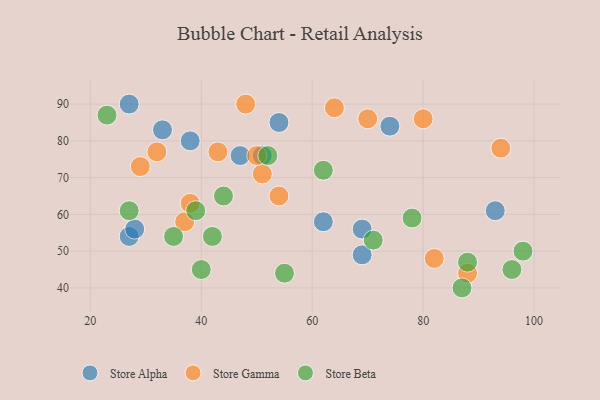
{"axis": {"x": "GDP", "y": "Life Expectancy"}, "legend": ["Store Alpha", "Store Beta", "Store Gamma"], "data": [{"x": "27", "y": 90, "type": "Store Alpha"}, {"x": "74", "y": 84, "type": "Store Alpha"}, {"x": "38", "y": 80, "type": "Store Alpha"}, {"x": "33", "y": 83, "type": "Store Alpha"}, {"x": "54", "y": 85, "type": "Store Alpha"}, {"x": "47", "y": 76, "type": "Store Alpha"}, {"x": "51", "y": 76, "type": "Store Alpha"}, {"x": "62", "y": 58, "type": "Store Alpha"}, {"x": "93", "y": 61, "type": "Store Alpha"}, {"x": "69", "y": 49, "type": "Store Alpha"}, {"x": "27", "y": 54, "type": "Store Alpha"}, {"x": "69", "y": 56, "type": "Store Alpha"}, {"x": "28", "y": 56, "type": "Store Alpha"}, {"x": "94", "y": 78, "type": "Store Gamma"}, {"x": "43", "y": 77, "type": "Store Gamma"}, {"x": "54", "y": 65, "type": "Store Gamma"}, {"x": "37", "y": 58, "type": "Store Gamma"}, {"x": "82", "y": 48, "type": "Store Gamma"}, {"x": "51", "y": 71, "type": "Store Gamma"}, {"x": "64", "y": 89, "type": "Store Gamma"}, {"x": "70", "y": 86, "type": "Store Gamma"}, {"x": "29", "y": 73, "type": "Store Gamma"}, {"x": "32", "y": 77, "type": "Store Gamma"}, {"x": "88", "y": 44, "type": "Store Gamma"}, {"x": "48", "y": 90, "type": "Store Gamma"}, {"x": "38", "y": 63, "type": "Store Gamma"}, {"x": "50", "y": 76, "type": "Store Gamma"}, {"x": "80", "y": 86, "type": "Store Gamma"}, {"x": "78", "y": 59, "type": "Store Beta"}, {"x": "23", "y": 87, "type": "Store Beta"}, {"x": "40", "y": 45, "type": "Store Beta"}, {"x": "27", "y": 61, "type": "Store Beta"}, {"x": "62", "y": 72, "type": "Store Beta"}, {"x": "88", "y": 47, "type": "Store Beta"}, {"x": "42", "y": 54, "type": "Store Beta"}, {"x": "39", "y": 61, "type": "Store Beta"}, {"x": "44", "y": 65, "type": "Store Beta"}, {"x": "55", "y": 44, "type": "Store Beta"}, {"x": "52", "y": 76, "type": "Store Beta"}, {"x": "87", "y": 40, "type": "Store Beta"}, {"x": "35", "y": 54, "type": "Store Beta"}, {"x": "71", "y": 53, "type": "Store Beta"}, {"x": "96", "y": 45, "type": "Store Beta"}, {"x": "98", "y": 50, "type": "Store Beta"}]}